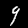
Label: 9